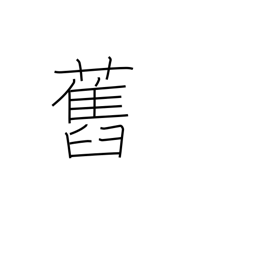
Meaning: ex-